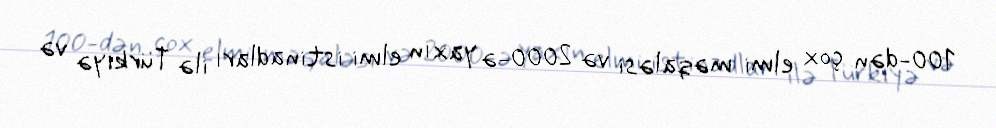
100-dən çox elmi məqaləsi və 2000-ə yaxın elmi istinadları ilə Türkiyə və